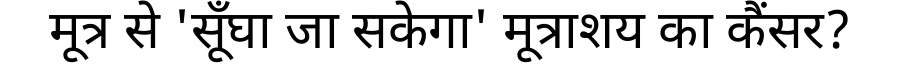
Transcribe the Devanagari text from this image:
मूत्र से 'सूँघा जा सकेगा' मूत्राशय का कैंसर?